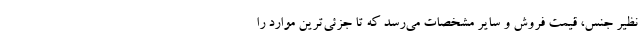
نظیر جنس، قیمت فروش و سایر مشخصات می‌رسد که تا جزئی‌ترین موارد را